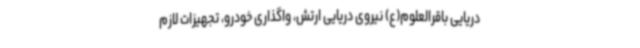
دریایی باقرالعلوم(ع) نیروی دریایی ارتش، واگذاری خودرو، تجهیزات لازم